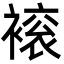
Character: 䙛